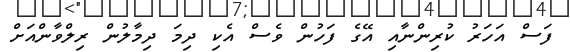
ފަސް އަހަރު ކުރިންނާއި އޭގެ ފަހުން ވެސް އެކި ދިމަ ދިމާލުން ރިލްވާންއަށް